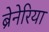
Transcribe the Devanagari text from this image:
ब्रेनेरिया